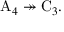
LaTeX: \mathrm { A } _ { 4 } \twoheadrightarrow \mathrm { C } _ { 3 } .